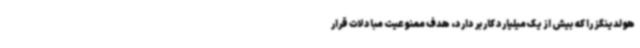
هولدینگز را که بیش از یک میلیارد کاربر دارد، هدف ممنوعیت مبادلات قرار